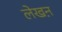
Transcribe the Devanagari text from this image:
लेखऩ